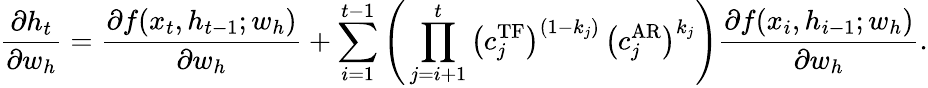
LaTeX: \frac{\partial h_{t}}{\partial w_{h}}=\frac{\partial f(x_{t},h_{t-1};w_{h})}{\partial w_{h}}+\sum_{i=1}^{t-1}\Bigg(\prod_{j=i+1}^{t}\big(c_{j}^{\operatorname{TF}}\big)^{(1-k_{j})}\, \big(c_{j}^{\operatorname{AR}}\big)^{k_{j}}\Bigg)\frac{\partial f(x_{i},h_{i-1};w_{h})}{\partial w_{h}}.